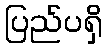
ပြည်ပရှိ